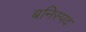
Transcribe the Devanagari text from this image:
बनिस्पद